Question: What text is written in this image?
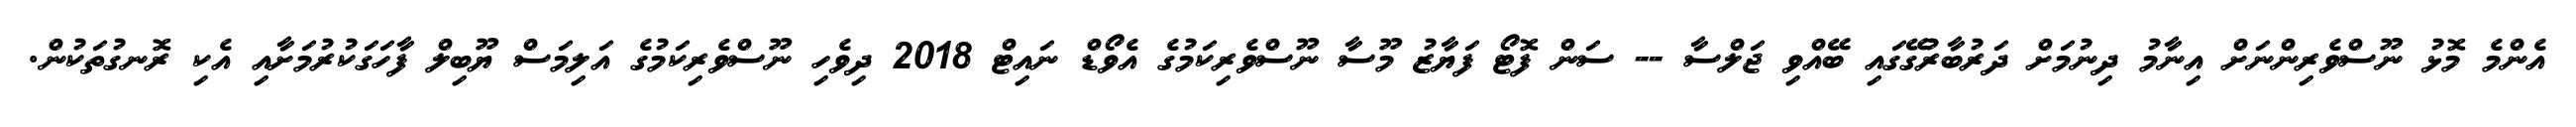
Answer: އެންމެ މޮޅު ނޫސްވެރިންނަށް އިނާމު ދިނުމަށް ދަރުބާރުގޭގައި ބޭއްވި ޖަލްސާ -- ސަން ފޮޓޯ ފަޔާޒު މޫސާ ނޫސްވެރިކަމުގެ އެވޯޑް ނައިޓް 2018 ދިވެހި ނޫސްވެރިކަމުގެ އަލިމަސް ޔޫބިލް ފާހަގަކުރުމަށާއި އެކި ރޮނގުތަކުން.